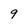
Character: 9